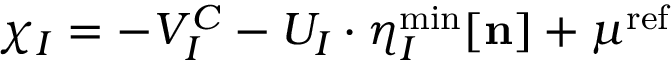
\chi _ { I } = - V _ { I } ^ { C } - U _ { I } \cdot \eta _ { I } ^ { \mathrm { { m i n } } } [ \mathbf { n } ] + \mu ^ { \mathrm { { r e f } } }